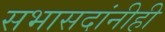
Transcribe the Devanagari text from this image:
सभासदांनीही